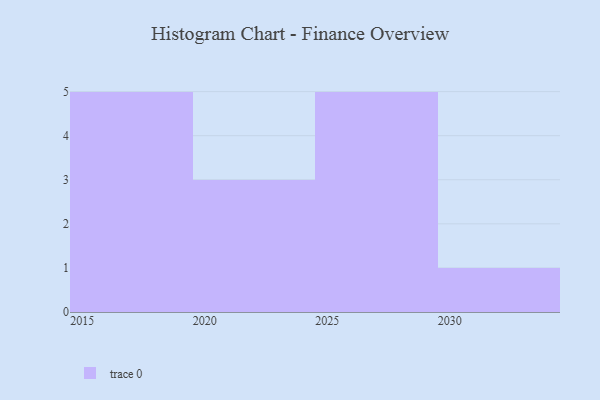
{"axis": {"x": "Year", "y": "Waste Production (Tons)"}, "legend": [""], "data": [{"x": "2025", "y": 25, "type": ""}, {"x": "2020", "y": 87, "type": ""}, {"x": "2026", "y": 85, "type": ""}, {"x": "2018", "y": 77, "type": ""}, {"x": "2029", "y": 30, "type": ""}, {"x": "2019", "y": 89, "type": ""}, {"x": "2016", "y": 77, "type": ""}, {"x": "2028", "y": 81, "type": ""}, {"x": "2024", "y": 71, "type": ""}, {"x": "2030", "y": 88, "type": ""}, {"x": "2027", "y": 64, "type": ""}, {"x": "2017", "y": 81, "type": ""}, {"x": "2022", "y": 81, "type": ""}, {"x": "2015", "y": 53, "type": ""}]}